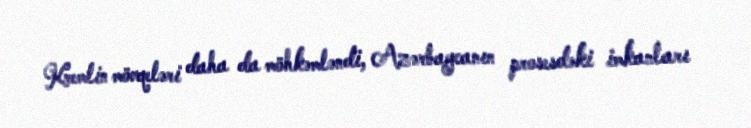
Kremlin mövqeləri daha da möhkəmləndi, Azərbaycanın prosesdəki imkanları